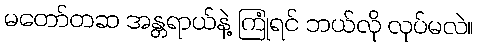
မတော်တဆ အန္တရာယ်နဲ့ ကြုံရင် ဘယ်လို လုပ်မလဲ။